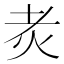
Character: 𤆯